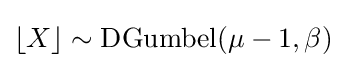
\lfloor X\rfloor \sim \mathrm {DGumbel} (\mu -1,\beta )